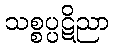
သစ္စပ္ပဋိညာ